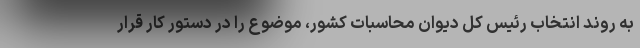
به روند انتخاب رئیس کل دیوان محاسبات کشور، موضوع را در دستور کار قرار